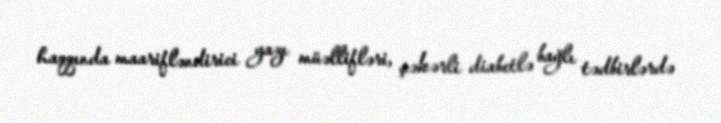
haqqında maarifləndirici yazı müəllifləri, şəkərli diabetlə bağlı tədbirlərdə